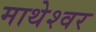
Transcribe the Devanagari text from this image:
माथेश्वर